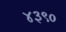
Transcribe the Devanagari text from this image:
४३९०